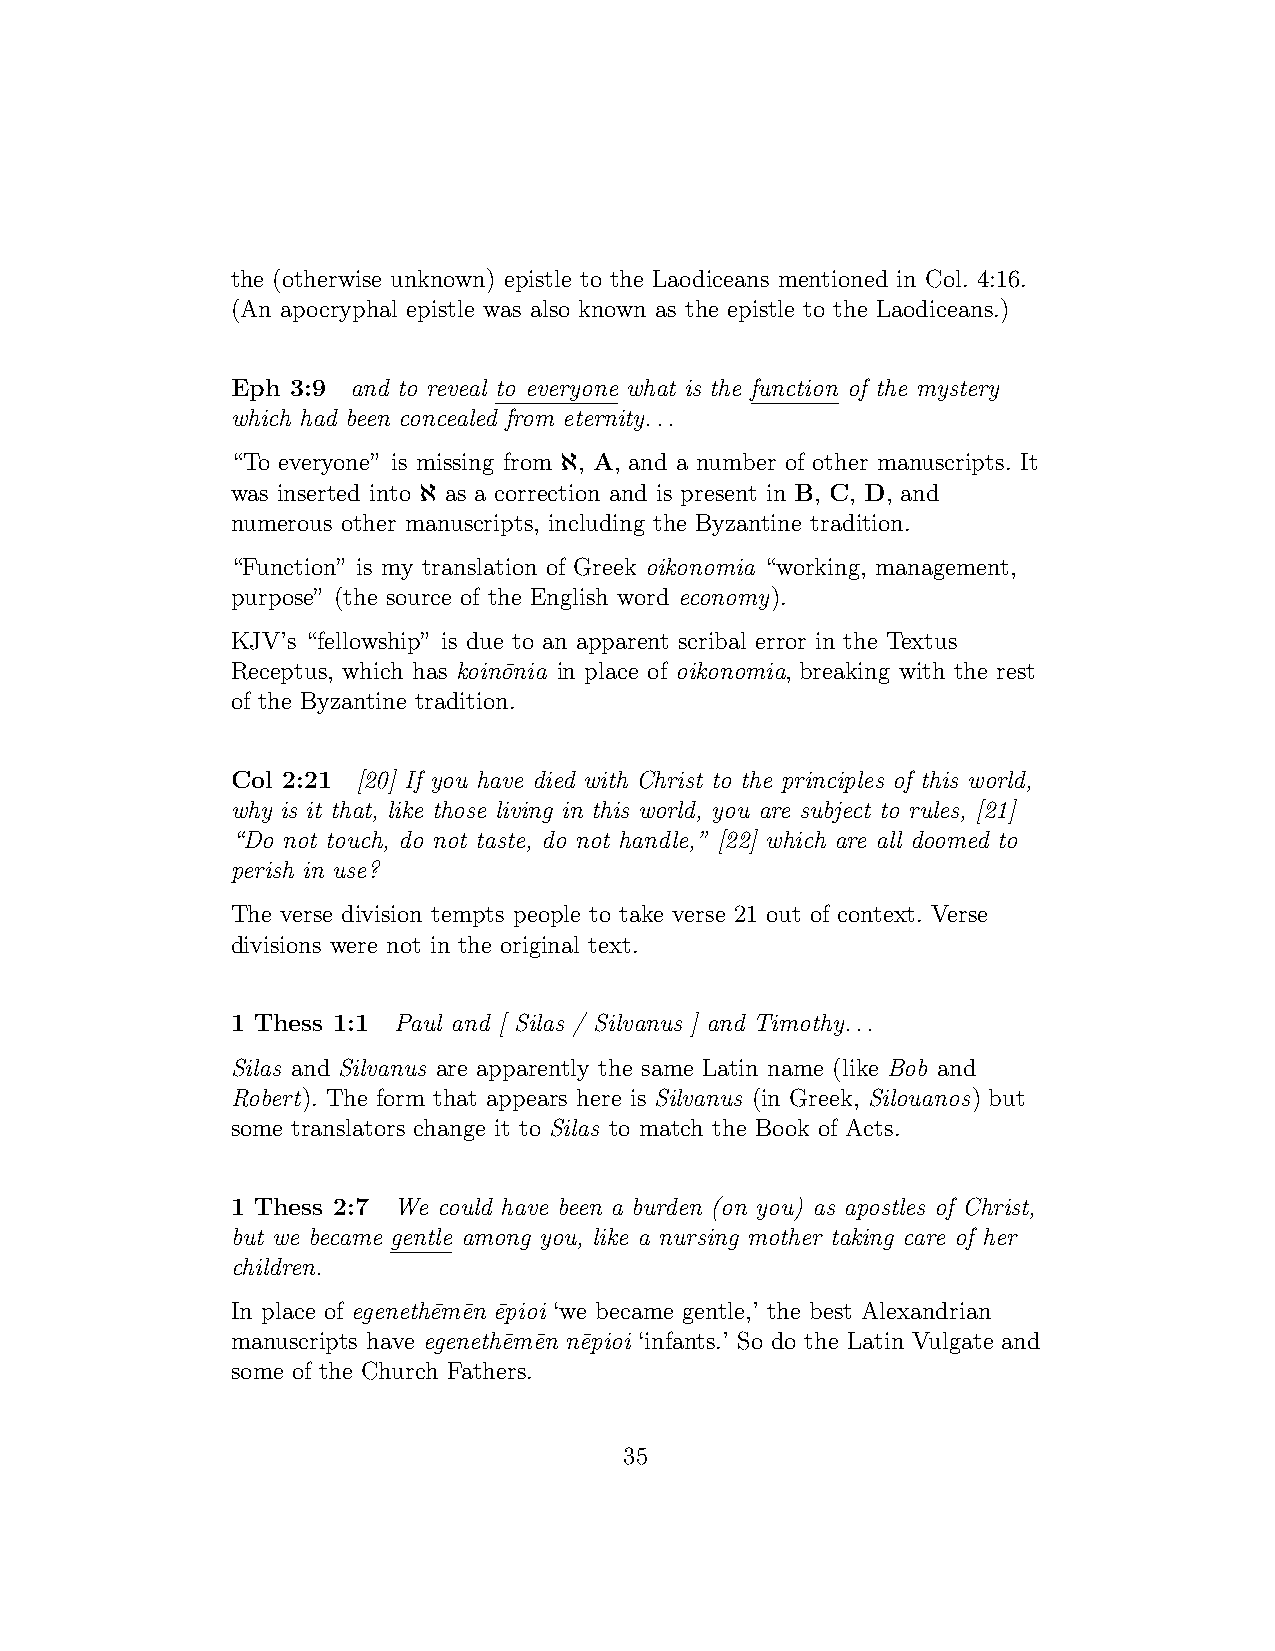
the (otherwise unknown) epistle to the Laodiceans mentioned in Col. 4:16.
 (An apocryphal epistle was also known as the epistle to the Laodiceans.)
 Eph 3:9 and to reveal to everyone what is the function of the mystery
 which had been concealed from eternity...
 ℵ
 “To everyone” is missing from , A, and a number of other manuscripts. It
 ℵ
 was inserted into as a correction and is present in B, C, D, and
 numerous other manuscripts, including the Byzantine tradition.
 “Function” is my translation of Greek oikonomia “working, management,
 purpose” (the source of the English word economy).
 KJV’s “fellowship” is due to an apparent scribal error in the Textus
 Receptus, which has koin¯onia in place of oikonomia, breaking with the rest
 of the Byzantine tradition.
 Col 2:21 [20] If you have died with Christ to the principles of this world,
 why is it that, like those living in this world, you are subject to rules, [21]
 “Do not touch, do not taste, do not handle,” [22] which are all doomed to
 perish in use?
 The verse division tempts people to take verse 21 out of context. Verse
 divisions were not in the original text.
 1 Thess 1:1 Paul and [ Silas / Silvanus ] and Timothy...
 Silas and Silvanus are apparently the same Latin name (like Bob and
 Robert). The form that appears here is Silvanus (in Greek, Silouanos) but
 some translators change it to Silas to match the Book of Acts.
 1 Thess 2:7 We could have been a burden (on you) as apostles of Christ,
 but we became gentle among you, like a nursing mother taking care of her
 children.
 In place of egeneth¯em¯en ¯epioi ‘we became gentle,’ the best Alexandrian
 manuscripts have egeneth¯em¯en n¯epioi ‘infants.’ So do the Latin Vulgate and
 some of the Church Fathers.
 35